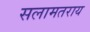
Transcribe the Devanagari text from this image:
सलामतराय